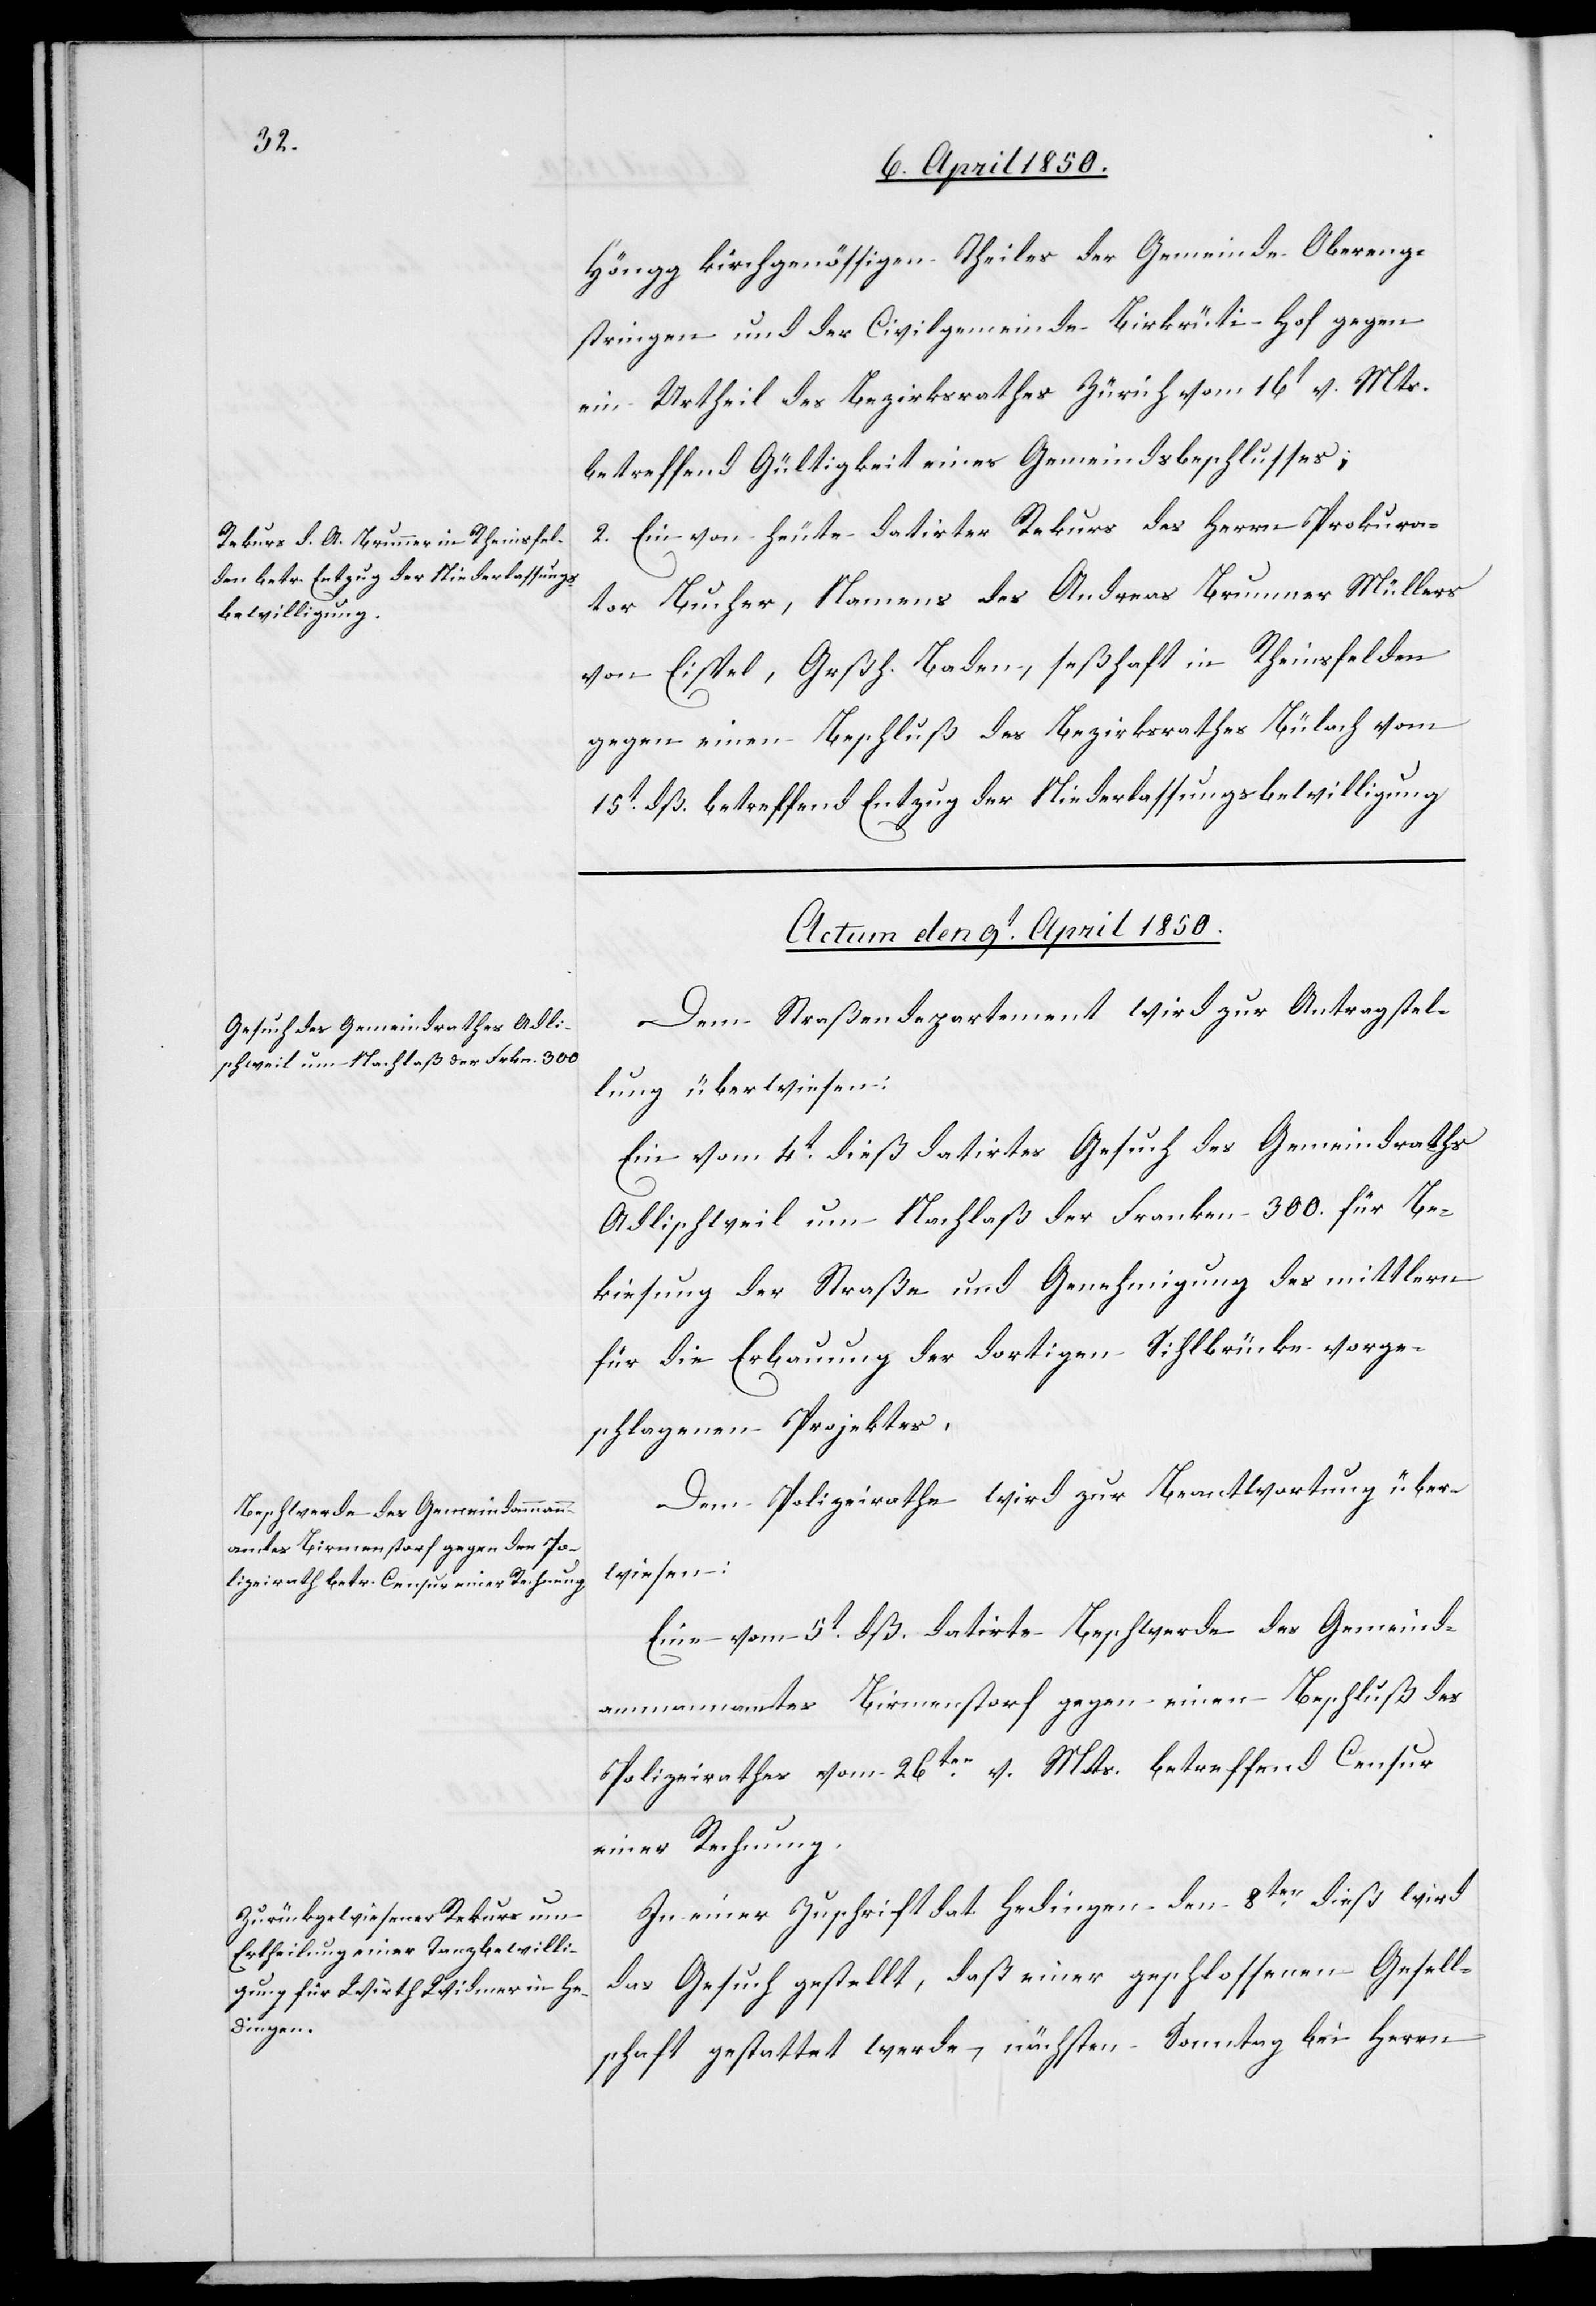
Höngg kirchgenössigen Theiles der Gemeinde Obereng¬
stringen und der Civilgemeinde Birkrüti-Hof gegen
ein Urtheil des Bezirksrathes Zürich vom 16t v. Mts.
betreffend Gültigkeit eines Gemeindesbeschlusses;
2. Ein von heute datirter Rekurs des Herrn Prokura¬
tor Bucher, Namens des Andreas Brunner Müllers
von Eispel, Grßh. Baden, seßhaft in Rheinsfelden
gegen einen Beschluß des Bezirksrathes Bülach vom
15t dß. betreffend Entzug der Niederlassungsbewilligung.
Actum den 9t April 1850.]
Dem Straßendepartement wird zur Antragstel¬
lung überwiesen:
Ein vom 4t dieß datirtes Gesuch des Gemeindraths
Adlischweil um Nachlaß der Franken 300. für Be¬
kiesung der Straße und Genehmigung des mittlern
für die Erbauung der dortigen Sihlbrücke vorge¬
schlagenen Projektes.
Dem Polizeirathe wird zur Beantwortung über¬
wiesen:
Eine vom 5t dß. datirte Beschwerde des Gemeind¬
ammannamtes Birmenstorf gegen einen Beschluß des
Polizeirathes vom 26ten v. Mts. betreffend Censur
einer Rechnung.
In einer Zuschrift dat. Hedingen den 8ten dieß wird
das Gesuch gestellt, daß einer geschlossenen Gesell¬
schaft gestattet werde, nächsten Sonntag bei Herrn